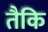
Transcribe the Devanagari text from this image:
तैकि